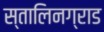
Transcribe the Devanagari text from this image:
स्तालिनग्राड